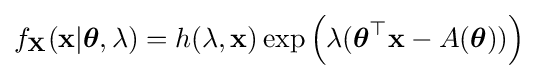
f_{\mathbf {X} }(\mathbf {x} |{\boldsymbol {\theta }},\lambda )=h(\lambda ,\mathbf {x} )\exp \left(\lambda ({\boldsymbol {\theta }}^{\top }\mathbf {x} -A({\boldsymbol {\theta }}))\right)\,\!